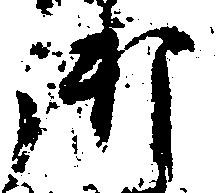
御